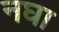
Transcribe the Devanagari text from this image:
नघा